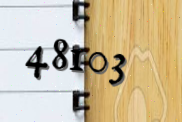
48103